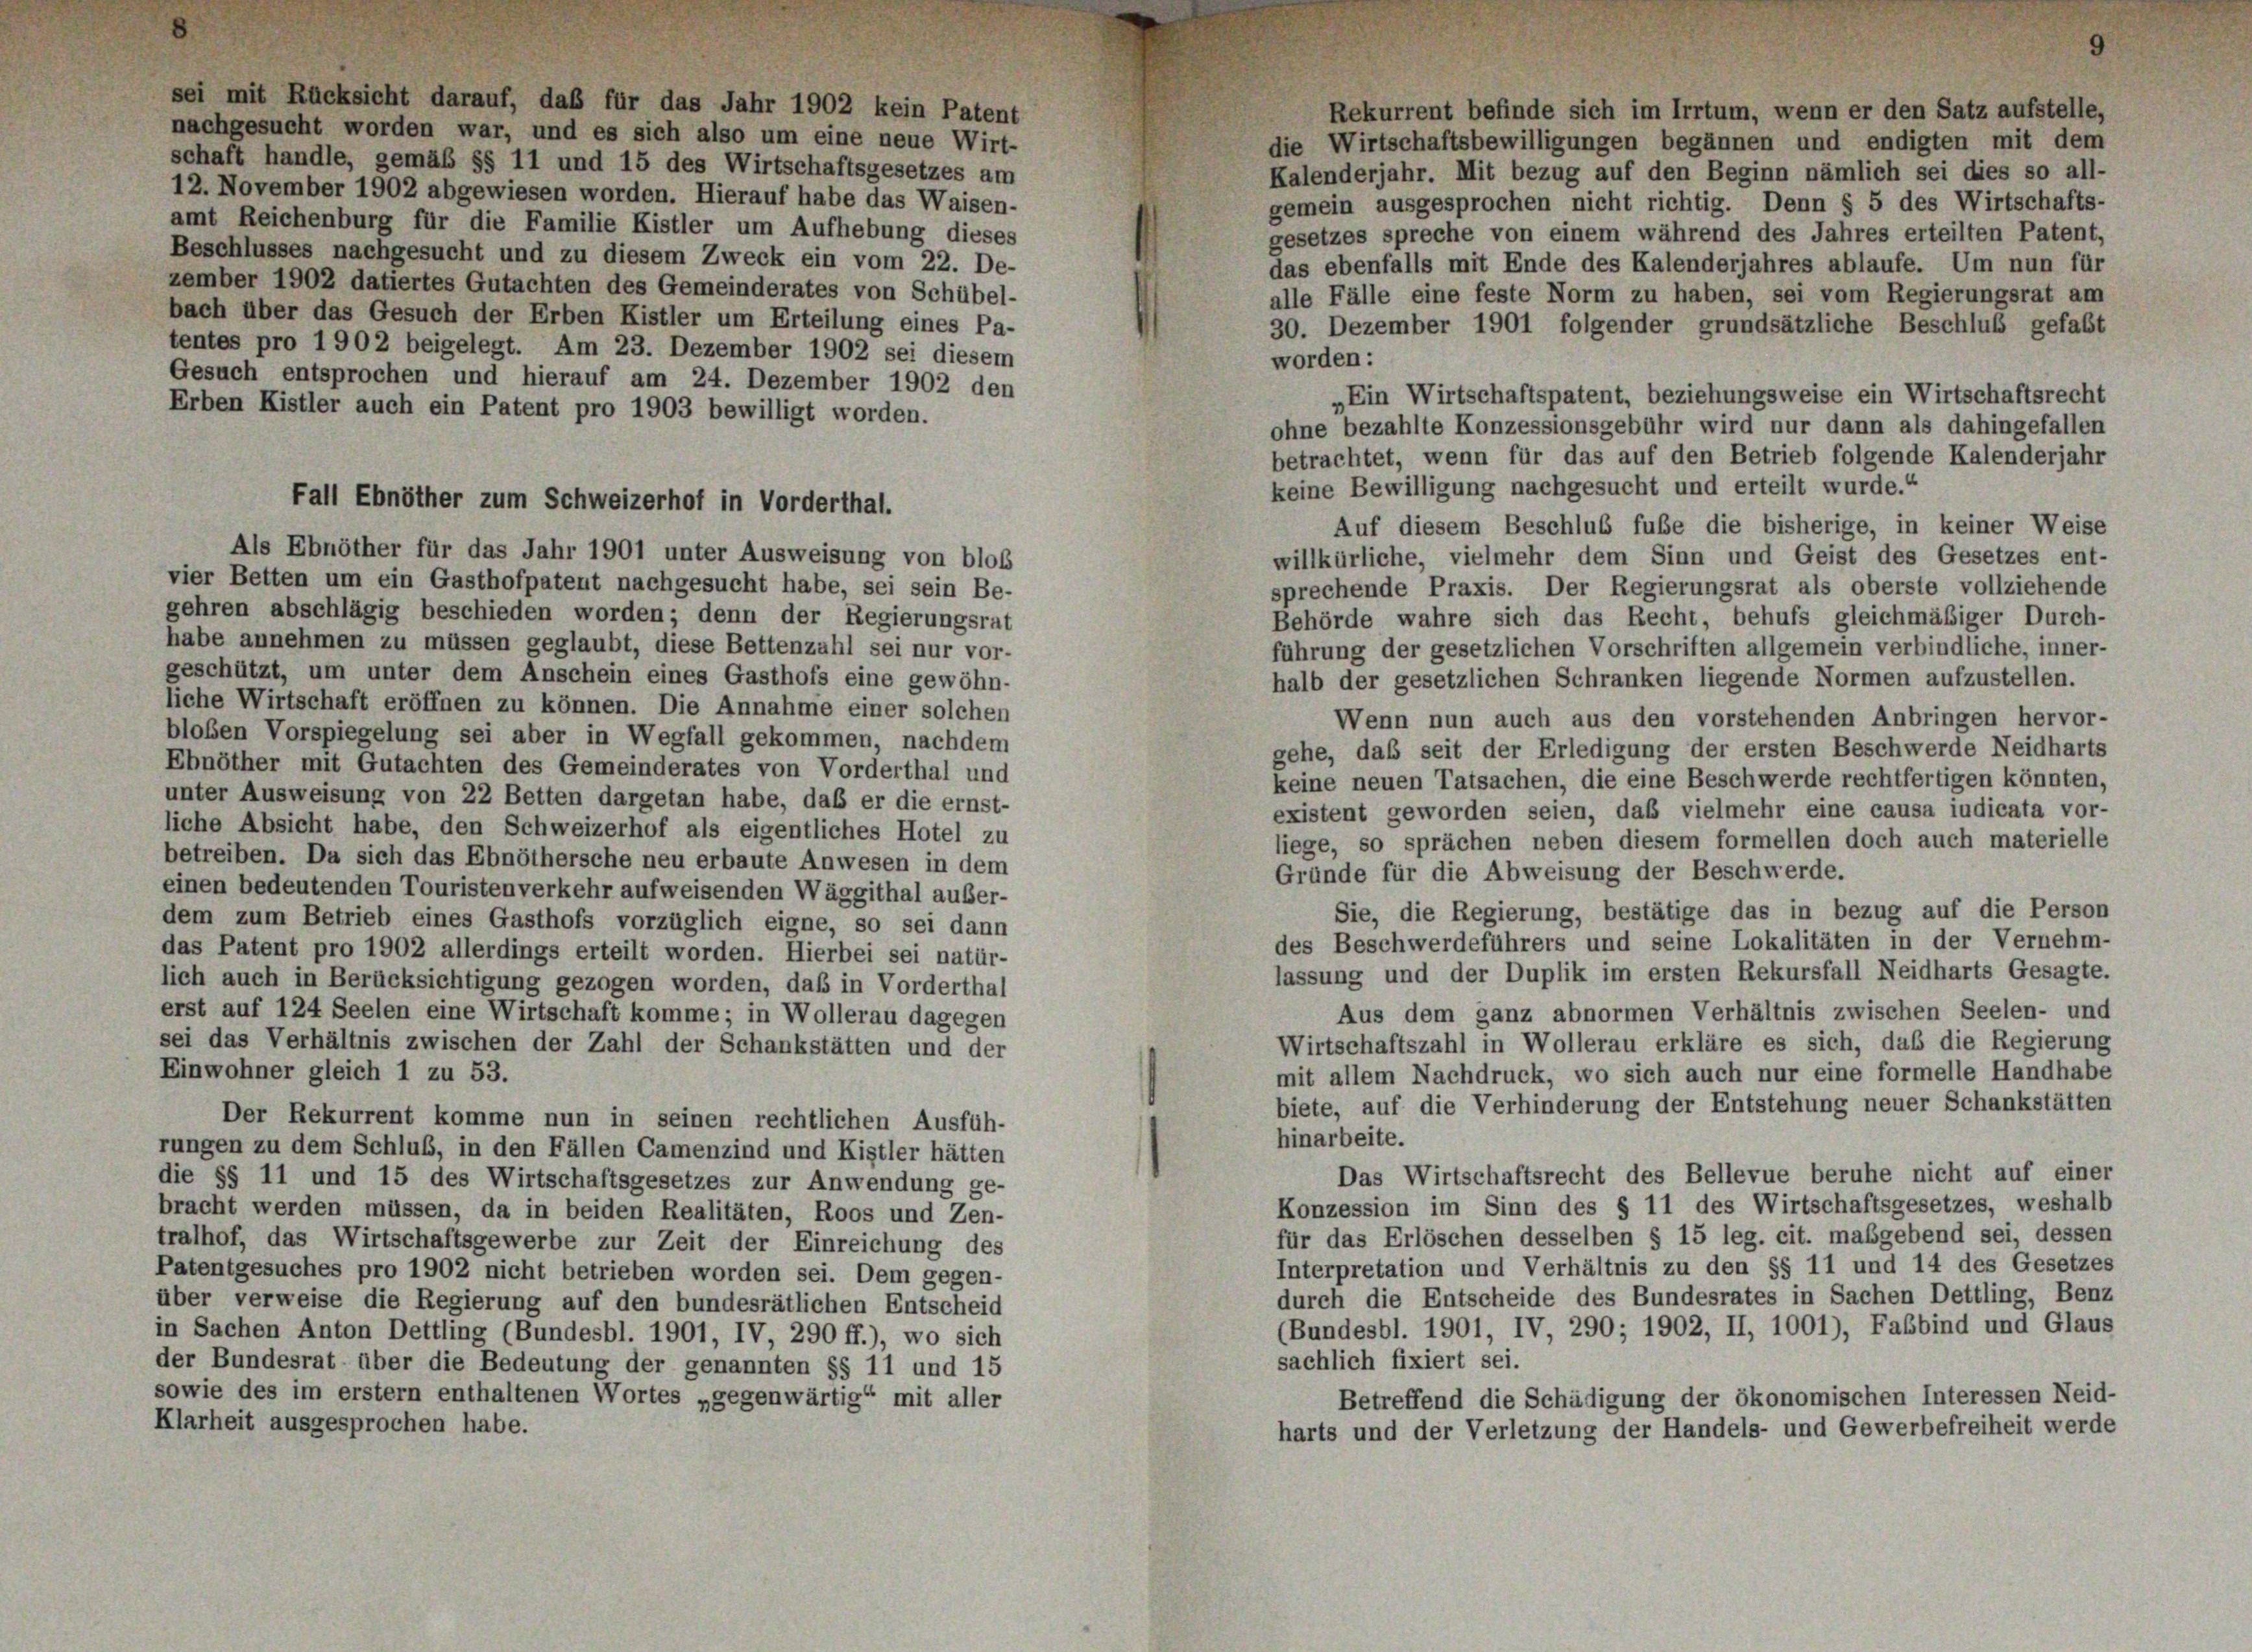
Rekurrent befinde sich im Irrtum, wenn er den Satz aufstelle,
nachgesucht worden war, und es sich also um eine neue Wirt-
die Wirtschaftsbewilligungen begannen und endigten mit dem
schaft handle, gemäß §§ 11 und 15 des Wirtschaftsgesetzes am
Kalenderjahr. Mit bezug auf den Beginn nämlich sei dies so all-
12. November 1902 abgewiesen worden. Hierauf habe das Waisen-
gemein ausgesprochen nicht richtig. Denn § 5 des Wirtschafts-
amt Reichenburg für die Familie Kistler um Aufhebung dieses
gesetzes spreche von einem während des Jahres erteilten Patent,
Beschlusses nachgesucht und zu diesem Zweck ein vom 22. De-
das ebenfalls mit Ende des Kalenderjahres ablaufe. Um nun für
zember 1902 datiertes Gutachten des Gemeinderates von Schübel-
alle Fälle eine feste Norm zu haben, sei vom Regierungsrat am
bach über das Gesuch der Erben Kistler um Erteilung eines Pa-
30. Dezember 1901 folgender grundsätzliche Beschluß gefaßt
tentes pro 1902 beigelegt. Am 23. Dezember 1902 sei diesem
worden:
Gesuch entsprochen und hierauf am 24. Dezember 1902 den
„Ein Wirtschaftspatent, beziehungsweise ein Wirtschaftsrecht
Erben Kistler auch ein Patent pro 1903 bewilligt worden.
ohne bezahlte Konzessionsgebühr wird nur dann als dahingefallen
betrachtet, wenn für das auf den Betrieb folgende Kalenderjahr
Auf diesem Beschlub fuße die bisherige, in keiner Weise
Als Ebnöther für das Jahr 1901 unter Ausweisung von blos
willkürliche, vielmehr dem Sinn und Geist des Gesetzes ent-
vier Betten um ein Gasthofpatent nachgesucht habe, sei sein Be-
sprechende Praxis. Der Regierungsrat als oberste vollziehende
gehren abschlägig beschieden worden; denn der Regierungsrat
Behörde wahre sich das Recht, behufs gleichmäßiger Durch-
habe annehmen zu müssen geglaubt, diese Bettenzahl sei nur vor-
führung der gesetzlichen Vorschriften allgemein verbindliche, inner
geschützt, um unter dem Anschein eines Gasthofs eine gewöhn-
halb der gesetzlichen Schranken liegende Normen aufzustellen.
liche Wirtschaft eröffnen zu können. Die Annahme einer solchen
Wenn nun auch aus den vorstehenden Anbringen hervor-
bloben Vorspiegelung sei aber in Wegfall gekommen, nachdem
gehe, daß seit der Erledigung der ersten Beschwerde Neidharts
Ebnöther mit Gutachten des Gemeinderates von Vorderthal und
keine neuen Tatsachen, die eine Beschwerde rechtfertigen könnten,
unter Ausweisung von 22 Betten dargetan habe, daß er die ernst-
existent geworden seien, daß vielmehr eine causa iudicata vor-
liche Absicht habe, den Schweizerhof als eigentliches Hotel zu
liege, so sprächen neben diesem formellen doch auch materielle
betreiben. Da sich das Ebnöthersche neu erbaute Anwesen in dem
Gründe für die Abweisung der Beschwerde.
einen bedeutenden Touristenverkehr aufweisenden Wäggithal außer-
Sie, die Regierung, bestätige das in bezug auf die Person
dem zum Betrieb eines Gasthofs vorzüglich eigne, so sei dann
des Beschwerdeführers und seine Lokalitäten in der Vernehm-
das Patent pro 1902 allerdings erteilt worden. Hierbei sei natür-
lassung und der Duplik im ersten Rekursfall Neidharts Gesagte.
lich auch in Berücksichtigung gezogen worden, daß in Vorderthal
erst auf 124 Seelen eine Wirtschaft komme; in Wollerau dagegen
Aus dem ganz abnormen Verhältnis zwischen Seelen- und
sei das Verhältnis zwischen der Zahl der Schankstätten und der
Wirtschaftszahl in Wollerau erkläre es sich, das die Regierung
Einwohner gleich 1 zu 53.
mit allem Nachdruck, wo sich auch nur eine formelle Handhabe
biete, auf die Verhinderung der Entstehung neuer Schankstätten
Der Rekurrent komme nun in seinen rechtlichen Ausfüh-
hinarbeite.
rungen zu dem Schluß, in den Fällen Camenzind und Kistler hätten
Das Wirtschaftsrecht des Bellevue beruhe nicht auf einer
die §§ 11 und 15 des Wirtschaftsgesetzes zur Anwendung ge-
Konzession im Sinn des § 11 des Wirtschaftsgesetzes, weshalb
bracht werden müssen, da in beiden Realitäten, Roos und Zen-
für das Erlöschen desselben § 15 leg. cit. maßgebend sei, dessen
tralhof, das Wirtschaftsgewerbe zur Zeit der Einreichung des
Interpretation und Verhältnis zu den §§ 11 und 14 des Gesetzes
Patentgesuches pro 1902 nicht betrieben worden sei. Dem gegen-
durch die Entscheide des Bundesrates in Sachen Dettling, Benz
über verweise die Regierung auf den bundesrätlichen Entscheid
(Bundesbl. 1901, IV, 290; 1902, II, 1001), Fabbind und Glaus
in Sachen Anton Dettling (Bundesbl. 1901, IV, 290 ff.), wo sich
sachlich fixiert sei.
der Bundesrat über die Bedeutung der genannten §§ 11 und 15
sowie des im erstem enthaltenen Wortes „gegenwärtig“ mit aller
Betreffend die Schädigung der ökonomischen Interessen Neid-
Klarheit ausgesprochen habe.
harts und der Verletzung der Handels- und Gewerbefreiheit werde

Fall Ebnöther zum Schweizerhof in Vorderthal.

keine Bewilligung nachgesucht und erteilt wurde.“